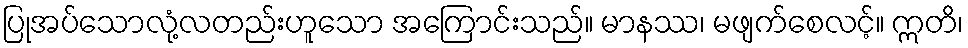
ပြုအပ်သောလုံ့လတည်းဟူသော အကြောင်းသည်။ မာနဿ၊ မဖျက်စေလင့်။ ဣတိ၊